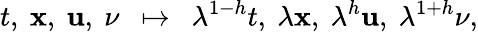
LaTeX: t,\ \mathbf{x},\ \mathbf{u},\ \nu\ \ \mapsto\ \ \lambda^{1-h}t,\ \lambda\mathbf{x},\ \lambda^{h}\mathbf{u},\ \lambda^{1+h}\nu,